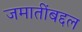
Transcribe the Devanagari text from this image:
जमातींबद्दल